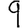
Digit: 9